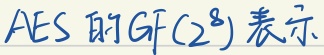
\(AES\)的\(GF(2^8)\)表示